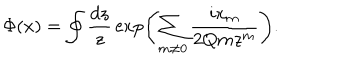
\Phi ( x ) = \oint { \frac { d z } { z } } \exp \left( \sum _ { m \neq 0 } { \frac { i x _ { m } } { 2 Q m z ^ { m } } } \right) .